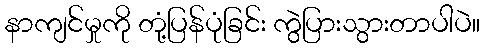
နာကျင်မှုကို တုံ့ပြန်ပုံခြင်း ကွဲပြားသွားတာပါပဲ။